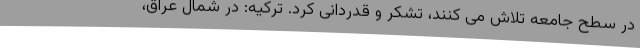
در سطح جامعه تلاش می کنند، تشکر و قدردانی کرد. ترکیه: در شمال عراق،